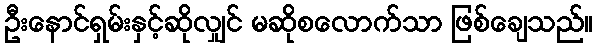
ဦးနောင်ရှမ်းနှင့်ဆိုလျှင် မဆိုစလောက်သာ ဖြစ်ချေသည်။